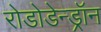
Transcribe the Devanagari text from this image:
रोडोडेन्‍ड्रॉन